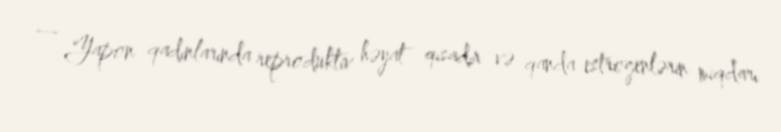
— Yapon qadınlarında reproduktiv həyat qısadır və qanda estrogenlərin miqdarı